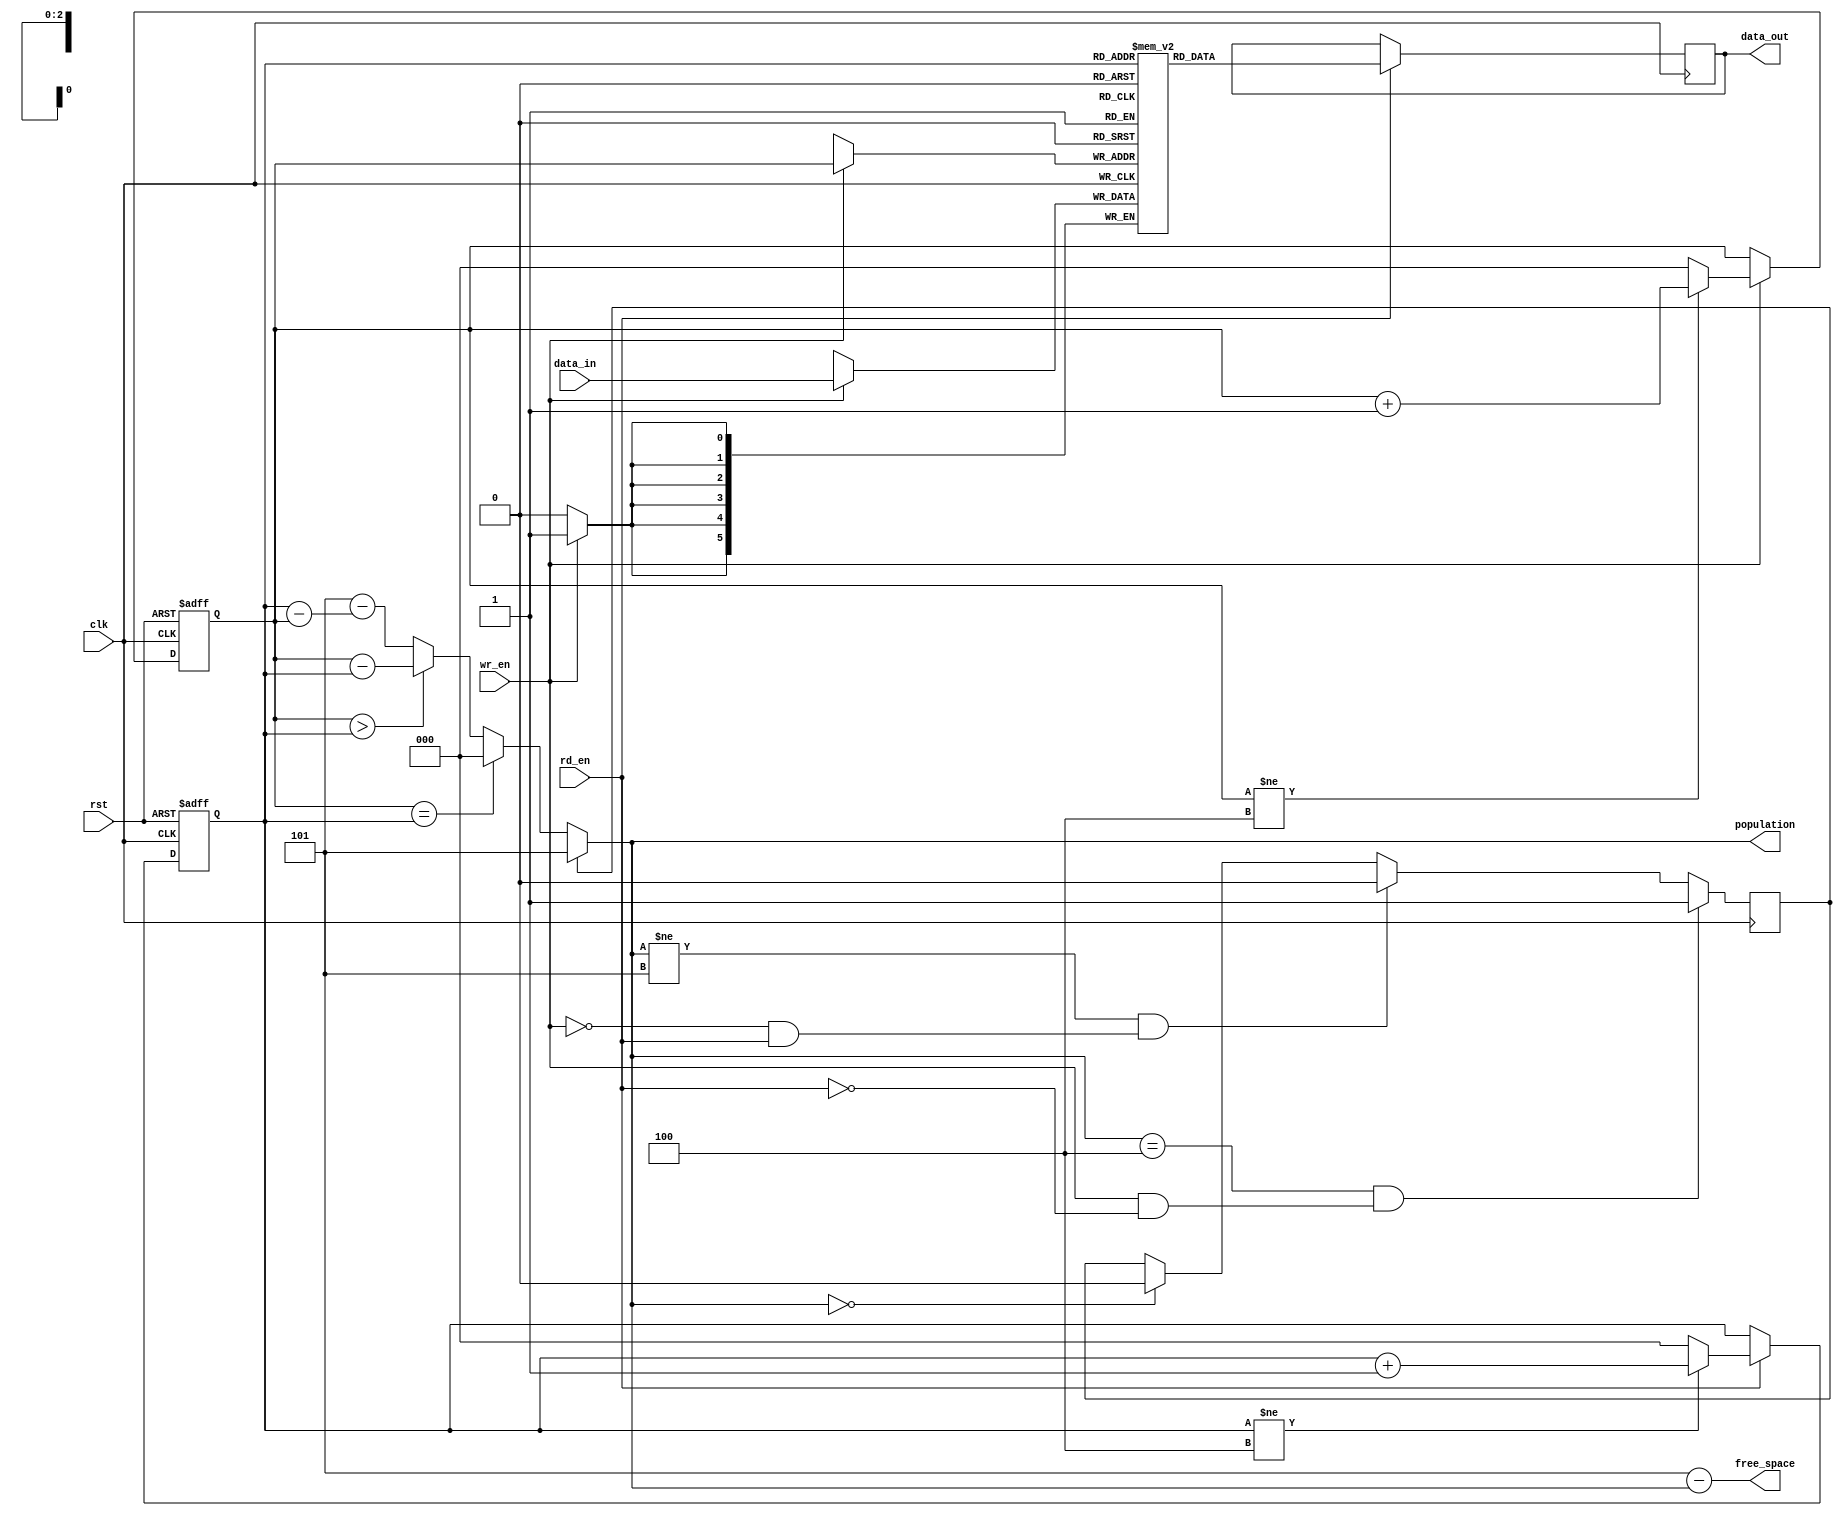
/******************************************************************************
@ddblock_begin copyright
Copyright (c) 1997-2016
Maryland DSPCAD Research Group, The University of Maryland at College Park 
All rights reserved.

IN NO EVENT SHALL THE UNIVERSITY OF MARYLAND BE LIABLE TO ANY PARTY
FOR DIRECT, INDIRECT, SPECIAL, INCIDENTAL, OR CONSEQUENTIAL DAMAGES
ARISING OUT OF THE USE OF THIS SOFTWARE AND ITS DOCUMENTATION, EVEN IF
THE UNIVERSITY OF MARYLAND HAS BEEN ADVISED OF THE POSSIBILITY OF
SUCH DAMAGE.

THE UNIVERSITY OF MARYLAND SPECIFICALLY DISCLAIMS ANY WARRANTIES,
INCLUDING, BUT NOT LIMITED TO, THE IMPLIED WARRANTIES OF
MERCHANTABILITY AND FITNESS FOR A PARTICULAR PURPOSE. THE SOFTWARE
PROVIDED HEREUNDER IS ON AN "AS IS" BASIS, AND THE UNIVERSITY OF
MARYLAND HAS NO OBLIGATION TO PROVIDE MAINTENANCE, SUPPORT, UPDATES,
ENHANCEMENTS, OR MODIFICATIONS.

@ddblock_end copyright
******************************************************************************/

/******************************************************************************
* Name: fifo module
* Description: LWDF-V fifo module 
* Sub modules: None
* Input ports: wr_en: write enable for the fifo 
*              rd_en: read enable for the fifo
*              data_in: data for writing into the fifo
* Output ports: data_out: data that is read out of the fifo
*               population: number of tokens in the fifo
			    free_space: current free space level (number of empty tokens) in the fifo
* Regs & wires: rd_addr: fifo read address (read pointer)
*               wr_addr: fifo write address (write pointer)
* Parameters: buffer_size: max. number of tokens that can coexist in the fifo
*             width: bit width of each token
******************************************************************************/

`timescale 1ns / 1ns

module fifo #(parameter buffer_size = 5, width = 6)
(
    input clk, rst,
    input wr_en, rd_en,
    input[width - 1 : 0] data_in,
    output reg [log2(buffer_size) - 1 : 0] population,
    output [log2(buffer_size) - 1 : 0] free_space,
    output reg [width - 1 : 0] data_out     
);
    reg [width - 1 : 0] FIFO_RAM [0 : buffer_size - 1];
    reg [log2(buffer_size) - 1 : 0] rd_addr, wr_addr;
	reg full;
	
	always @(posedge clk)
	    if(wr_en)
		    FIFO_RAM[wr_addr] <= data_in;
			
	always @(posedge clk)
	    if(rd_en)
		    data_out <= FIFO_RAM[rd_addr];
	
	/*Write address update*/
    always @(posedge clk or negedge rst)
	    if(!rst)
			wr_addr <= 0;
		else if(wr_en)
			wr_addr <= (wr_addr != buffer_size - 1) ? wr_addr + 1 : 0;
	 
	/*Read address update*/
	always @(posedge clk or negedge rst)
	    if(!rst)
			rd_addr <= 0;
		else if(rd_en)
			rd_addr <= (rd_addr != buffer_size - 1) ? rd_addr + 1 : 0;

	always @(posedge clk)
		if(population == buffer_size - 1 && (wr_en&&!rd_en))
			full <= 1;
		else if(population!=buffer_size && (!wr_en&&rd_en))
			full <= 0;
		else if(population==0)
			full <= 0;
	
	/*Population update*/
	always @(wr_addr or rd_addr or full)
		if (full)
			population = buffer_size;
		else if(wr_addr == rd_addr)
			population = 0;
		else if(wr_addr > rd_addr)
			population = wr_addr - rd_addr;
		else
			population = buffer_size - (rd_addr - wr_addr);
	
    assign free_space = buffer_size-population;
      
    function integer log2;
    input [31 : 0] value;
	integer i;
    begin
		  if(value==1)
				log2=1;
		  else
			  begin
			  i = value - 1;
			  for (log2 = 0; i > 0; log2 = log2 + 1) begin
					i = i >> 1;
			  end
			  end
    end
    endfunction

endmodule